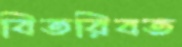
বিতরিবত